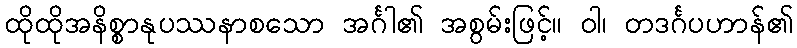
ထိုထိုအနိစ္စာနုပဿနာစသော အင်္ဂါ၏ အစွမ်းဖြင့်။ ဝါ၊ တဒင်္ဂပဟာန်၏